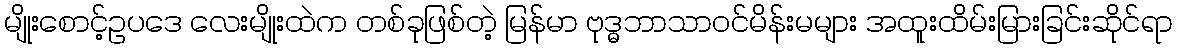
မျိုးစောင့်ဥပဒေ လေးမျိုးထဲက တစ်ခုဖြစ်တဲ့ မြန်မာ ဗုဒ္ဓဘာသာဝင်မိန်းမများ အထူးထိမ်းမြားခြင်းဆိုင်ရာ